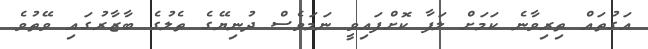
އަގުތައް ތިރިވާނެ ކަމަށް ލަފާ ކޮށްފައިވީ ނަމަވެސް ދުނިޔޭގެ ތެލުގެ ބާޒާރުގައި ވޭތުވެ